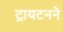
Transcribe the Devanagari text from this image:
ट्रायटनने